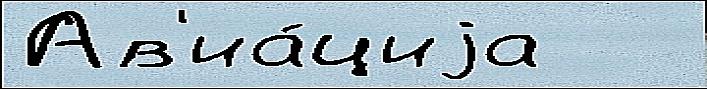
Ав'иа́циjа